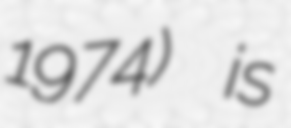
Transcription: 1974) is